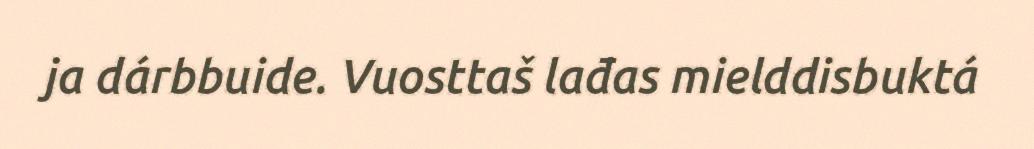
ja dárbbuide. Vuosttaš lađas mielddisbuktá